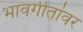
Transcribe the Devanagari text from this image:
भावगीतांवर